Bursary Schemes. (Education (Scotland) Act, 1918, sections 4 and 6(1)(b)), 1918
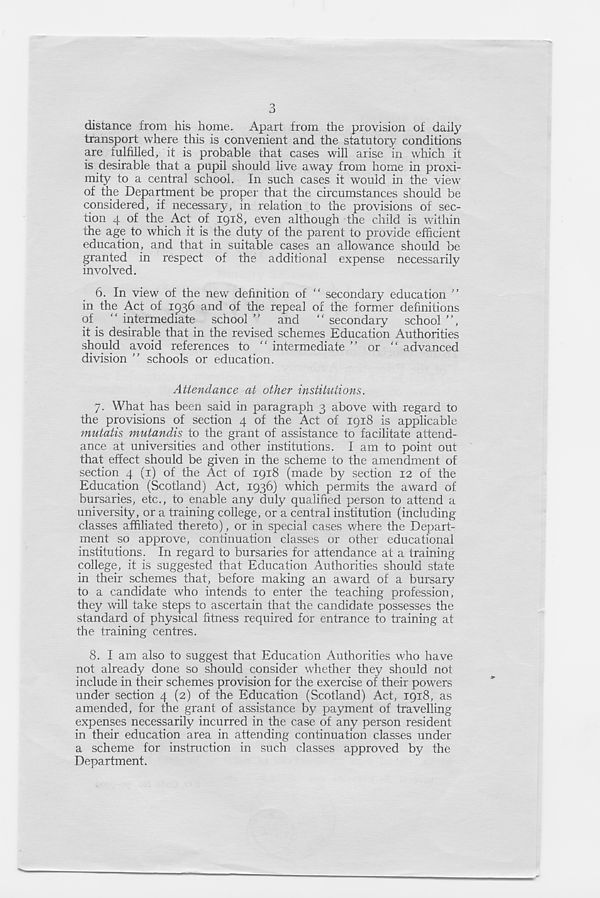
3
distance from his home. Apart from the provision of daily
transport where this is convenient and the statutory conditions
are fulfilled, it is probable that cases will arise in which it
is desirable that a pupil should live away from home in proxi-
mity to a central school. In such cases it would in the view
of the Department be proper that the circumstances should be
considered, if necessary, in relation to the provisions of sec-
tion 4 of the Act of 1918, even although the child is within
the age to which it is the duty of the parent to provide efficient
education, and that in suitable cases an allowance should be
granted in respect of the additional expense necessarily
involved.
6. In view of the new definition of secondary education ”
in the Act of 1936 and of the repeal of the former definitions
of “ intermediate school ” and “ secondary school ”,
it is desirable that in the revised schemes Education Authorities
should avoid references to “ intermediate ” or “ advanced
division ” schools or education.
Attendance at other institutions.
7. What has been said in paragraph 3 above with regard to
the provisions of section 4 of the Act of 1918 is applicable
mutatis mutandis to the grant of assistance to facilitate attend-
ance at universities and other institutions. I am to point out
that effect should be given in the scheme to the amendment of
section 4 (1) of the Act of 1918 (made by section 12 of the
Education (Scotland) Act, 1936) which permits the award of
bursaries, etc., to enable any duly qualified person to attend a
university, or a training college, or a central institution (including
classes affiliated thereto), or in special cases where the Depart-
ment so approve, continuation classes or other educational
institutions. In regard to bursaries for attendance at a training
college, it is suggested that Education Authorities should state
in their schemes that, before making an award of a bursary
to a candidate who intends to enter the teaching profession,
they will take steps to ascertain that the candidate possesses the
standard of physical fitness required for entrance to training at
the training centres.
8.
I am also to suggest that Education Authorities w
not already done so should consider whether they should not
include in their schemes provision for the exercise of their powers
under section 4 (2) of the Education (Scotland) Act, 1918, as
amended, for the grant of assistance by payment of travelling
expenses necessarily incurred in the case of an}/ person resident
in their education area in attending continuation classes under
a scheme for instruction in such classes approved by the
Department.